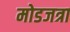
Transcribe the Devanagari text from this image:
मोडजत्रा